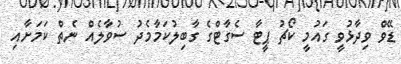
ޑޭވް ވިދާޅުވީ ގައުމީ ކޯޗު ޕީޓާ ސެގާޓްގެ ގާބިލުކަމާމެދު ސުވާލެއް ނެތް ކަމަށާއި